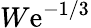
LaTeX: W\mathrm{e}^{-1/3}